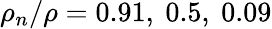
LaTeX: \rho_{n}/\rho=0.91,\ 0.5,\ 0.09